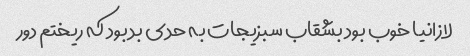
لازانیا خوب بود بشقاب سبزیجات به حدی بد بود که ریختم دور